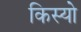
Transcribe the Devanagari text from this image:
किस्यो